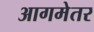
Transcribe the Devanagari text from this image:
आगमेतर